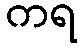
ကရ